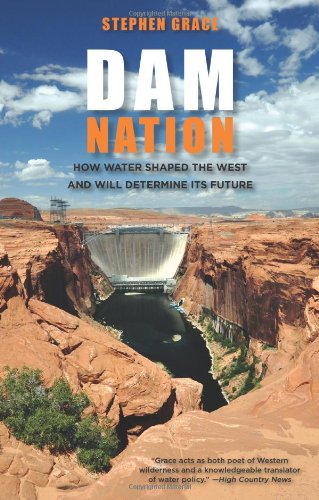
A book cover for Dam Nation: How Water Shaped The West And Will Determine Its Future; Stephen Grace; History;